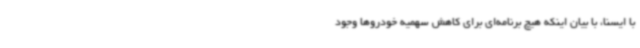
با ایسنا، با بیان اینکه هیچ برنامه‌ای برای کاهش سهمیه خودروها وجود